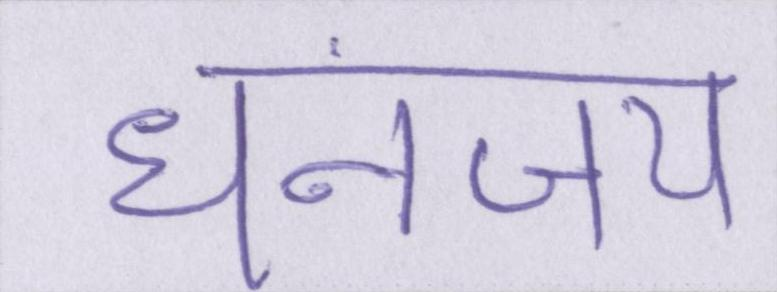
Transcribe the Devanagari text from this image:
धनंजय